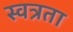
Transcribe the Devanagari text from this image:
स्वत्रता